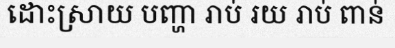
ដោះស្រាយ បញ្ហា រាប់ រយ រាប់ ពាន់